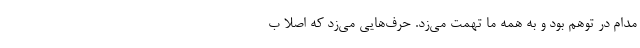
مدام در توهم بود و به همه ما تهمت می‌زد. حرف‌هایی می‌زد که اصلا ب